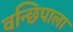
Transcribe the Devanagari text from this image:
वन्छिपाला